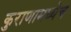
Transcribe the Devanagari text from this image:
कुराणामध्येच